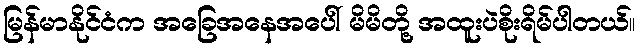
မြန်မာနိုင်ငံက အခြေအနေအပေါ် မိမိတို့ အထူးပဲစိုးရိမ်ပါတယ်။